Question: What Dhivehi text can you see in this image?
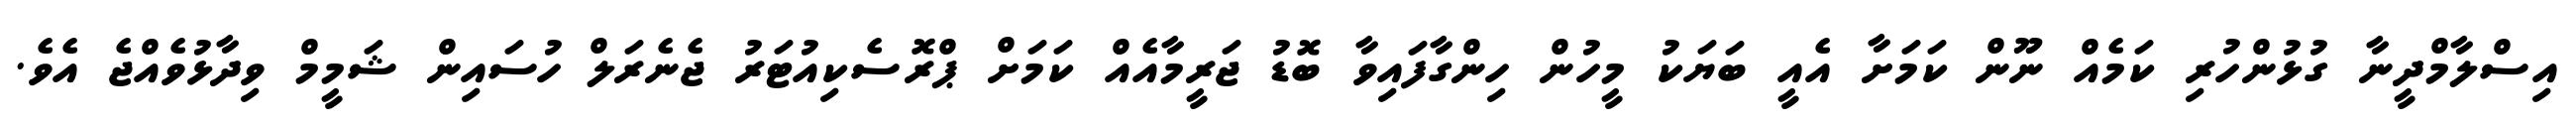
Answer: އިސްލާމްދީނާ ގުޅުންހުރި ކަމެއް ނޫން ކަމަށާ އެއީ ބަޔަކު މީހުން ހިންގާފައިވާ ބޮޑު ޖަރީމާއެއް ކަމަށް ޕްރޮސެކިއުޓަރު ޖެނެރަލް ހުސައިން ޝަމީމް ވިދާޅުވެއްޖެ އެވެ.